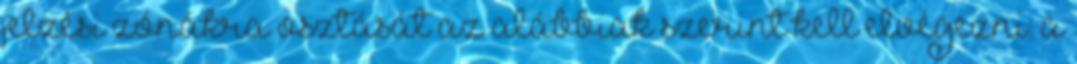
jelzési zónákra osztását az alábbiak szerint kell elvégezni: a